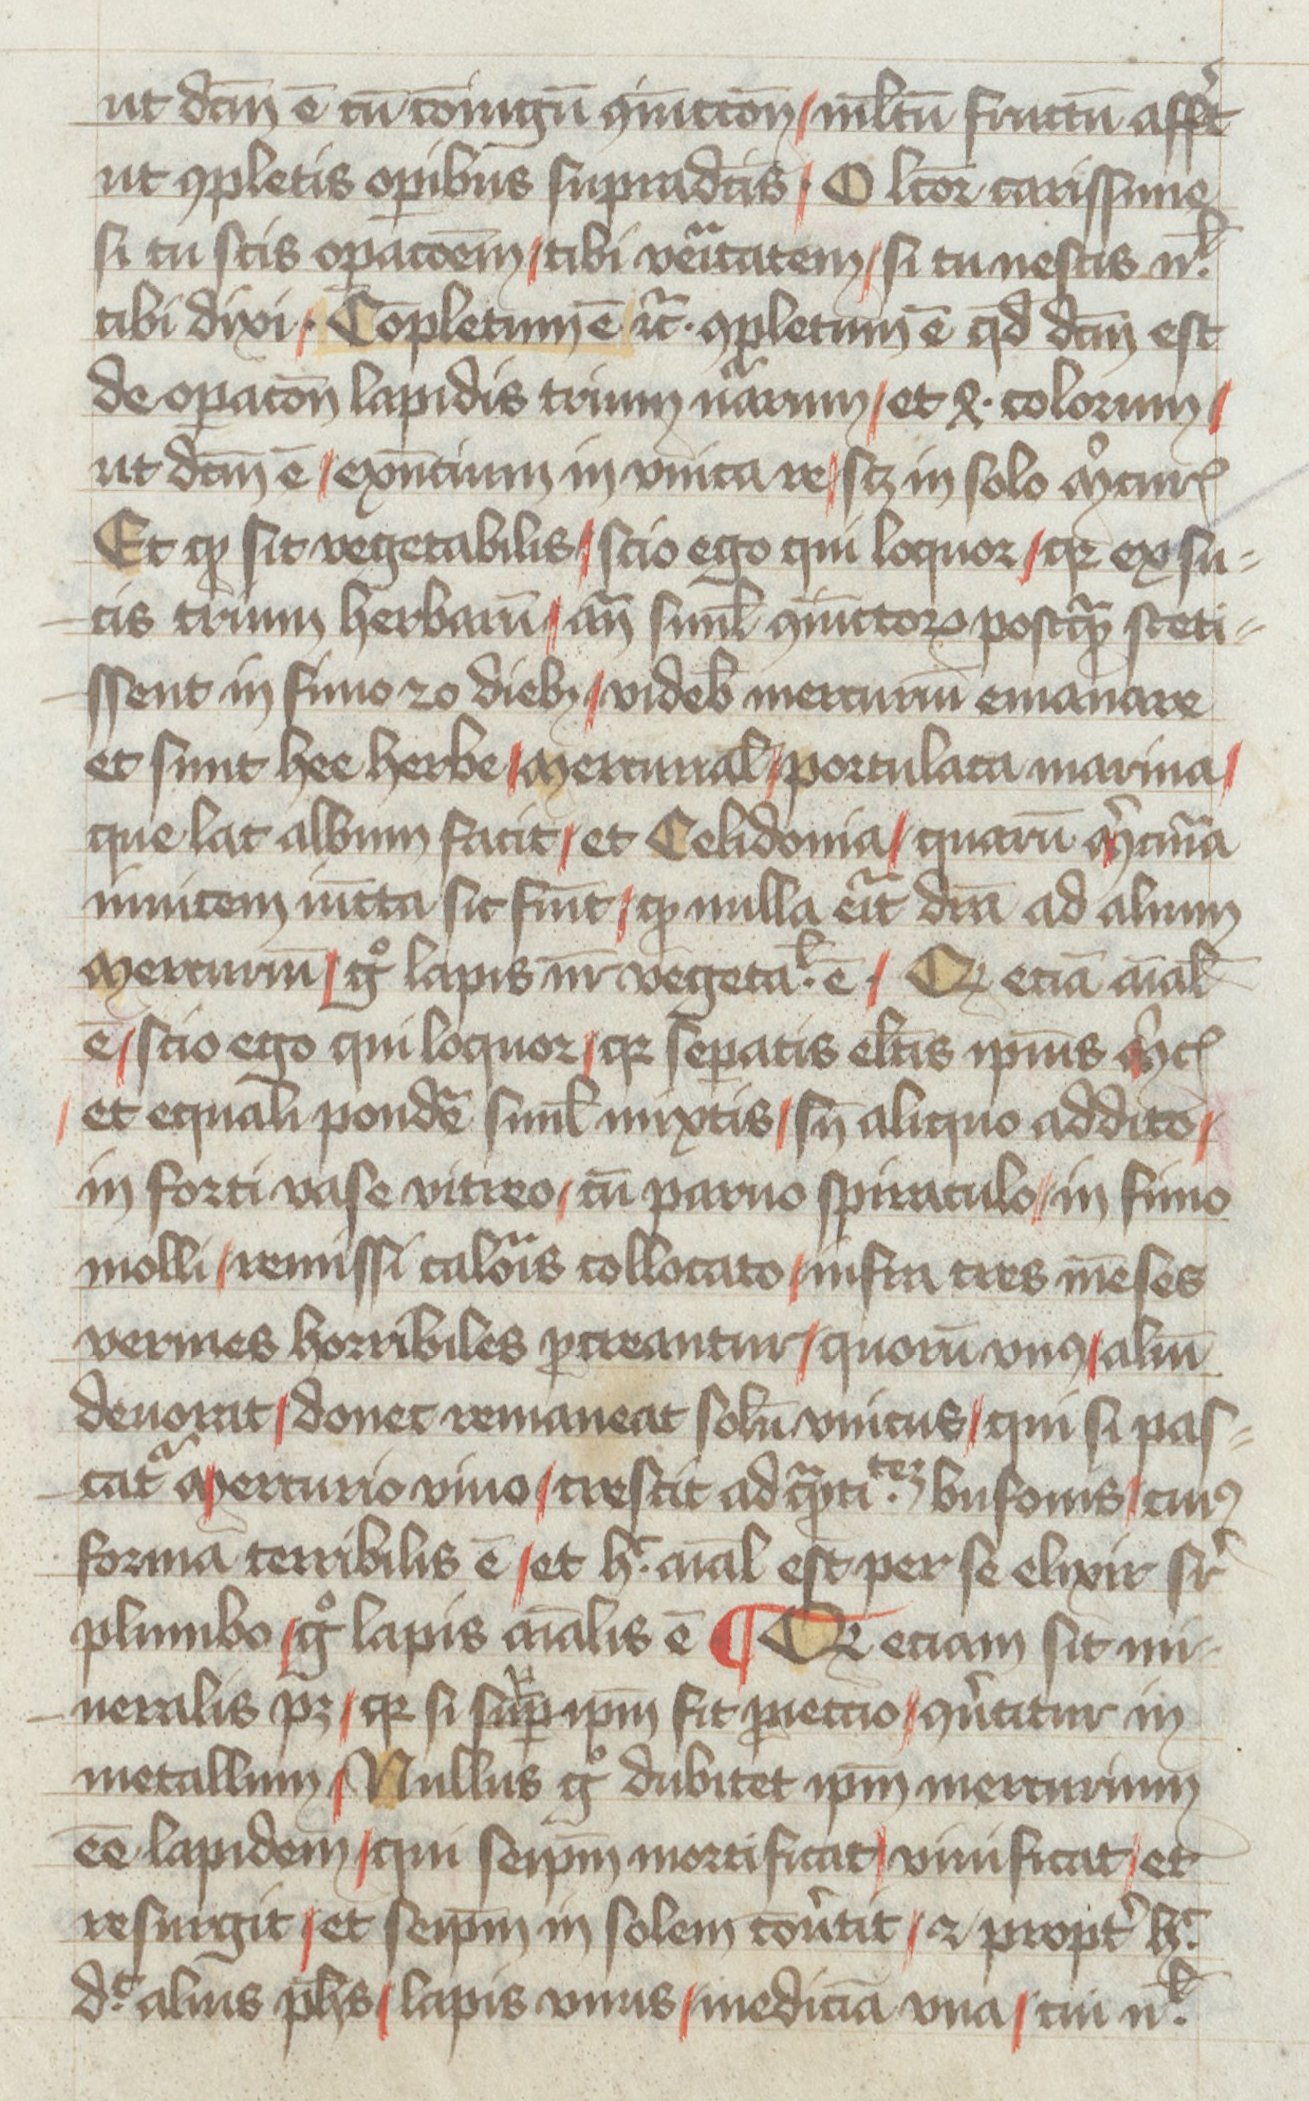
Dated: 1400–1499